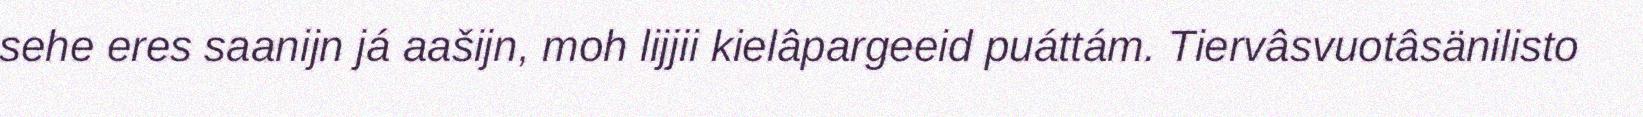
sehe eres saanijn já aašijn, moh lijjii kielâpargeeid puáttám. Tiervâsvuotâsänilisto